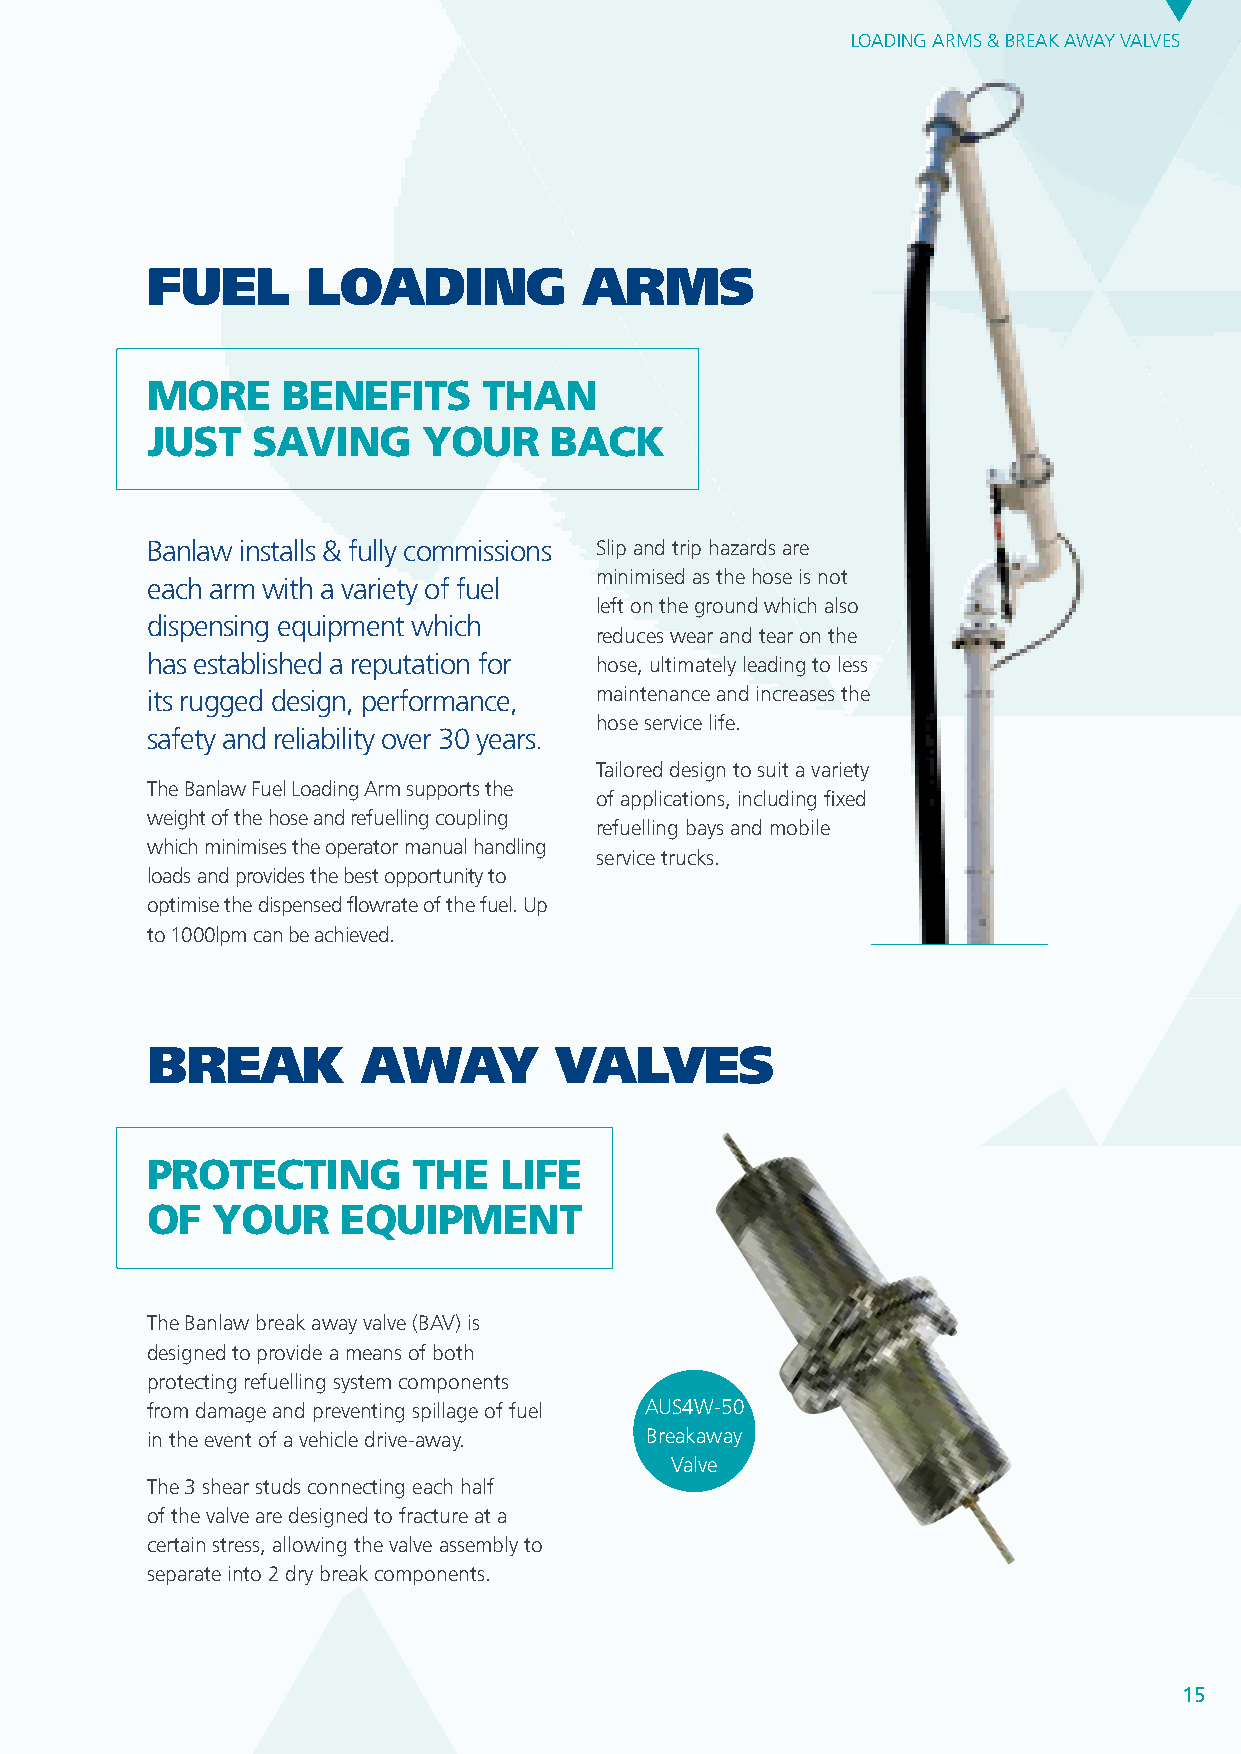
LOADING ARMS & BREAK AWAY VALVES
 FUEL      LOADING            ARMS
 moRe     BenefitS     than
 JuSt   Saving     youR     BacK
 Banlaw installs & fully commissions Slip and trip hazards are
 minimised as the hose is not
 each arm with a variety of fuel
 left on the ground which also
 dispensing equipment which
 reduces wear and tear on the
 has established a reputation for hose, ultimately leading to less
 its rugged design, performance, maintenance and increases the
 hose service life.
 safety and reliability over 30 years.
 Tailored design to suit a variety
 The Banlaw Fuel Loading Arm supports the
 of applications, including fixed
 weight of the hose and refuelling coupling
 refuelling bays and mobile
 which minimises the operator manual handling
 service trucks.
 loads and provides the best opportunity to
 optimise the dispensed flowrate of the fuel. Up
 to 1000lpm can be achieved.
 BREAK         AWAY         VALVES
 pRotecting        the  life
 of  youR     eQuipment
 The Banlaw break away valve (BAV) is
 designed to provide a means of both
 protecting refuelling system components
 from damage and preventing spillage of fuel AUS4W-50
 in the event of a vehicle drive-away. Breakaway
 Valve
 The 3 shear studs connecting each half
 of the valve are designed to fracture at a
 certain stress, allowing the valve assembly to
 separate into 2 dry break components.
 15